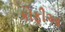
કોફીઆ